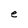
Character: e